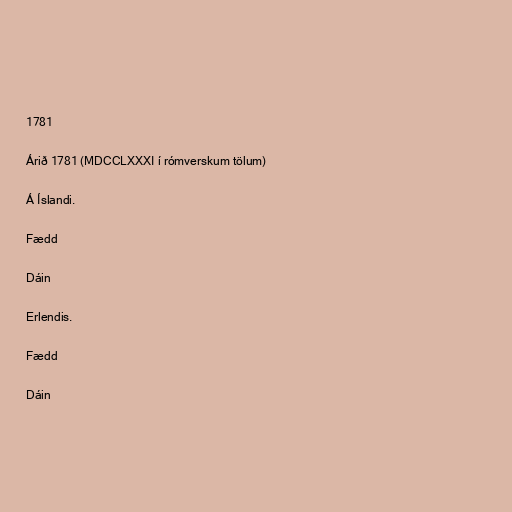
1781

Árið 1781 (MDCCLXXXI í rómverskum tölum)

Á Íslandi.

Fædd

Dáin

Erlendis.

Fædd

Dáin